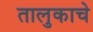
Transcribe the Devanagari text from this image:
तालुकाचे